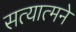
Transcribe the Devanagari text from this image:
सत्यात्मने